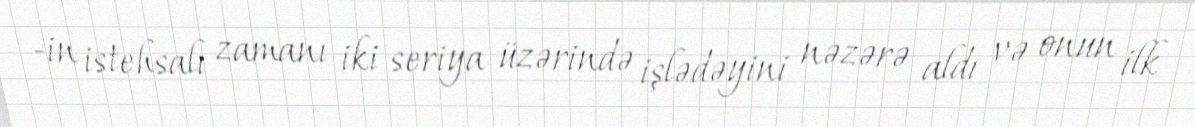
-in istehsalı zamanı iki seriya üzərində işlədəyini nəzərə aldı və onun ilk